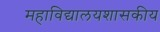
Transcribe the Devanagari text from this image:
महाविद्यालयशासकीय